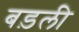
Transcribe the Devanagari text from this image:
बड़ली